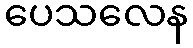
ပေသလေန